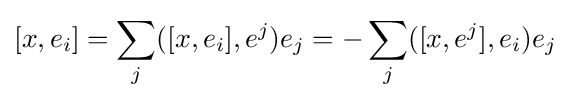
[x,e_{i}]=\sum _{j}([x,e_{i}],e^{j})e_{j}=-\sum _{j}([x,e^{j}],e_{i})e_{j}